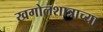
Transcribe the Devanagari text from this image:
खगोलशात्राच्या